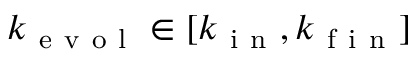
k _ { \mathrm { ~ e ~ v ~ o ~ l ~ } } \in [ k _ { \mathrm { ~ i ~ n ~ } } , k _ { \mathrm { ~ f ~ i ~ n ~ } } ]